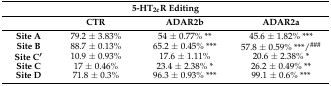
<table><thead><tr><td colspan="4"><b>5-HT<sub>2c</sub>R Editing</b></td></tr><tr><td></td><td><b>CTR</b></td><td><b>ADAR2b</b></td><td><b>ADAR2a</b></td></tr></thead><tbody><tr><td><b>Site A</b></td><td>79.2 ± 3.83%</td><td>54 ± 0.77% **</td><td>45.6 ± 1.82% ***</td></tr><tr><td><b>Site B</b></td><td>88.7 ± 0.13%</td><td>65.2 ± 0.45% ***</td><td>57.8 ± 0.59% ***/<sup>###</sup></td></tr><tr><td><b>Site C′</b></td><td>10.9 ± 0.93%</td><td>17.6 ± 1.11%</td><td>20.6 ± 2.38% *</td></tr><tr><td><b>Site C</b></td><td>17 ± 0.46%</td><td>23.4 ± 2.38% *</td><td>26.2 ± 0.49% **</td></tr><tr><td><b>Site D</b></td><td>71.8 ± 0.3%</td><td>96.3 ± 0.93% ***</td><td>99.1 ± 0.6% ***</td></tr></tbody></table>